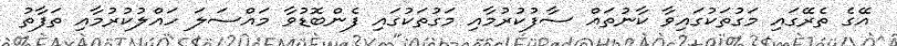
އޭގެ ތެރޭގައި މަގުތަކުގައިވާ ކާނުތައް ސާފުކުރުމާއި މަގުތަކުގައި ފެންބޮޑުވާ މައްސަލަ ހައްލުކުރުމާއި ތަފާތު